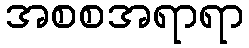
အစစအရာရာ